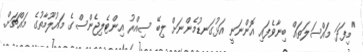
"މިފަދަ މައްސަލަތައް ބިނާވެފައި އޮންނަނީ އަޅުގަނޑުމެންނަށް ލިބޭ ސިއްރު އިންޓެލިޖެންސްގެ މައުލޫމާތުގެ މައްޗަށް.